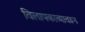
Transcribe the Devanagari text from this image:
विलापकाव्यावरून